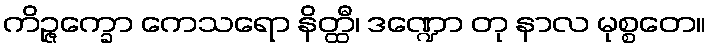
ကိဉ္ဇက္ခော ကေသရော နိတ္ထီ၊ ဒဏ္ဍော တု နာလ မုစ္စတေ။